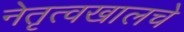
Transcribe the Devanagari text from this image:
नेतृत्वखालचे